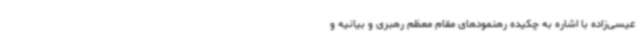
عیسی‌زاده با اشاره به چکیده رهنمودهای مقام معظم رهبری و بیانیه و